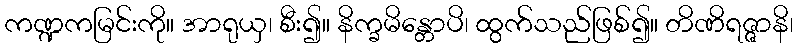
ကဏ္ဍကမြင်းကို။ အာရုယှ၊ စီး၍။ နိက္ခမိန္တောပိ၊ ထွက်သည်ဖြစ်၍။ တိဏိရဇ္ဇာနိ၊